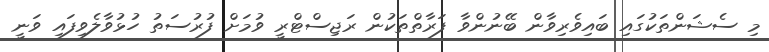
މި ސެޝަންތަކުގައި ބައިވެރިވާން ބޭނުންވާ ފަރާތްތަކުން ރަޖިސްޓްރީ ވުމަށް ފުރުސަތު ހުޅުވާލެވިފައި ވަނީ